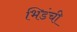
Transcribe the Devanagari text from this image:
भिडंची